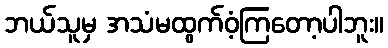
ဘယ်သူမှ အသံမထွက်ဝံ့ကြတော့ပါဘူး။